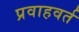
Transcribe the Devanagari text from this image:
प्रवाहवर्त